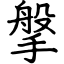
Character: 搫